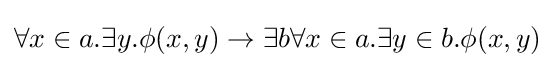
\forall x\in a.\exists y.\phi (x,y)\rightarrow \exists b\forall x\in a.\exists y\in b.\phi (x,y)